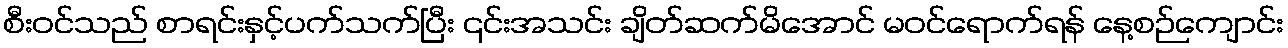
စီး၀င်သည် စာရင်းနှင့်ပက်သက်ပြီး ၎င်းအသင်း ချိတ်ဆက်မိအောင် မဝင်ရောက်ရန် နေ့စဉ်ကျောင်း